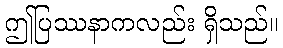
ဤပြဿနာကလည်း ရှိသည်။